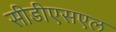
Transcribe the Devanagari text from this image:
सीडीएसएल